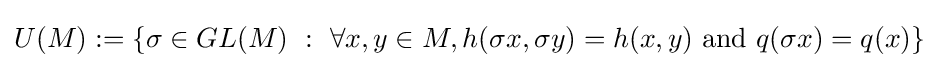
U(M):=\{\sigma \in GL(M)\ :\ \forall x,y\in M,h(\sigma x,\sigma y)=h(x,y){\text{ and }}q(\sigma x)=q(x)\}